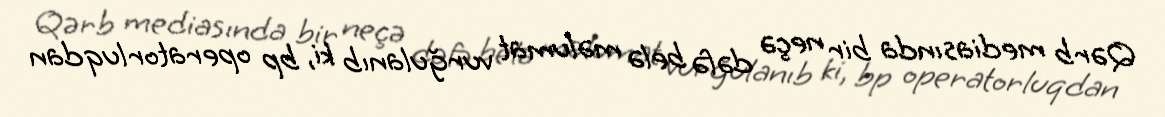
Qərb mediasında bir neçə dəfə belə məlumat vurğulanıb ki, bp operatorluqdan